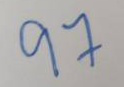
97